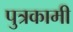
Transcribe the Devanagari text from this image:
पुत्रकामी